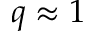
q \approx 1